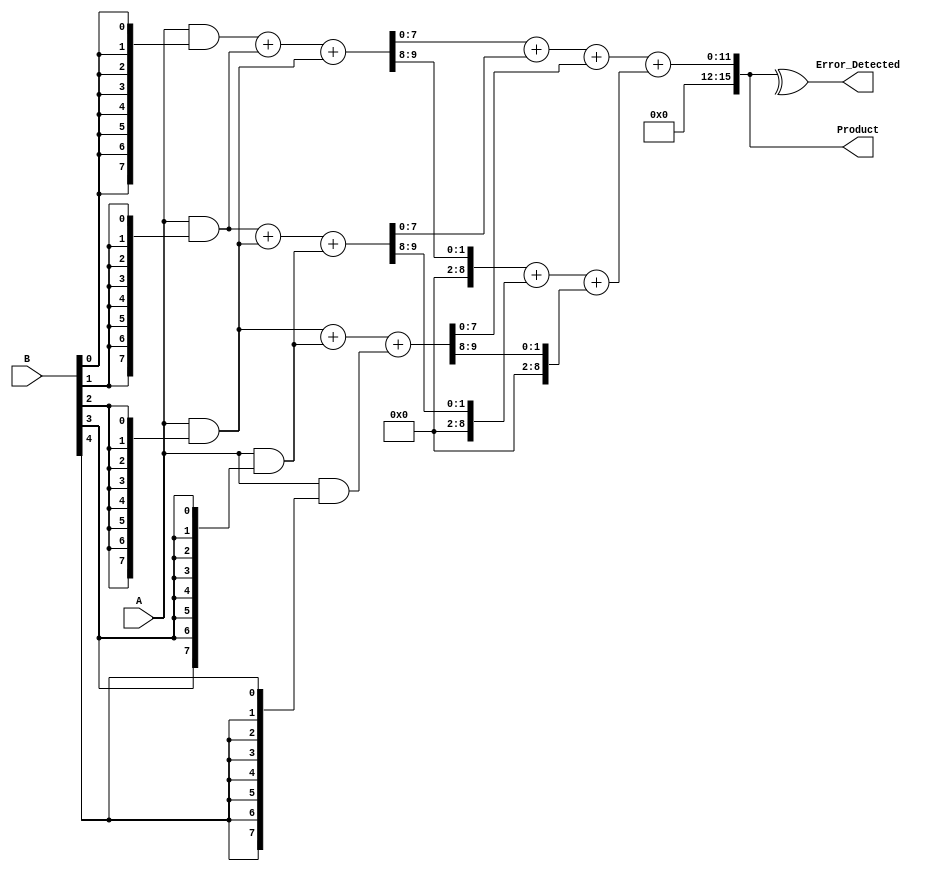
module Fault_Tolerant_Wallace_Tree_Multiplier #(parameter WIDTH = 8) (
    input [WIDTH-1:0] A,
    input [WIDTH-1:0] B,
    output reg [2*WIDTH-1:0] Product,
    output reg Error_Detected
);
    
    // Partial Product Generation
    wire [WIDTH-1:0] pp[WIDTH-1:0]; // Partial products
    genvar i;
    generate
        for (i = 0; i < WIDTH; i = i + 1) begin: pp_gen
            assign pp[i] = A & {WIDTH{B[i]}};
        end
    endgenerate

    // Wallace Tree Reduction
    wire [WIDTH-1:0] sum[WIDTH:0]; // Sums at each stage
    wire [WIDTH:0] carry[WIDTH-1:0]; // Carries at each stage
    
    // Initial stage (first reduction of partial products)
    generate
        for (i = 0; i < WIDTH; i = i + 1) begin: wallace_tree_stage1
            if (i < WIDTH - 1) begin
                assign {carry[i], sum[i]} = pp[i] + pp[i+1] + pp[i+2];
            end
        end
    endgenerate

    // Final Addition Stage
    wire [2*WIDTH-1:0] final_sum;
    wire [2*WIDTH-1:0] final_carry;
    
    assign final_sum = sum[0] + sum[1] + sum[2];
    assign final_carry = carry[0] + carry[1] + carry[2];

    always @(*) begin
        Product = final_sum + final_carry;
        
        // Error Detection (simple parity check for this example)
        Error_Detected = ^Product; // XOR for parity bit
    end

endmodule